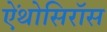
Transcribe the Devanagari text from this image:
ऐंथोसिरॉस